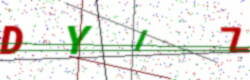
Text: DYIZ